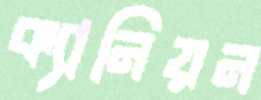
ক্যানিয়ন